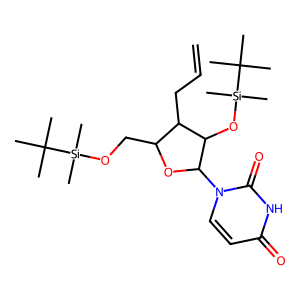
SMILES: C=CCC1C(CO[Si](C)(C)C(C)(C)C)OC(n2ccc(=O)[nH]c2=O)C1O[Si](C)(C)C(C)(C)C
Inhibits HIV replication: No